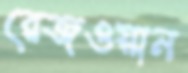
রেজওয়ান